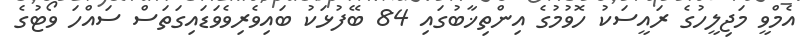
އެމްވީ މަޖިލީހުގެ ރައީސަކު ހޮވުމުގެ އިންތިޚާބުގައި 84 ބޭފުޅަކު ބައިވެރިވެވަޑައިގަތަސް ސައްހަ ވޯޓުގެ